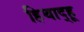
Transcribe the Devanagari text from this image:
हिथाद्हू